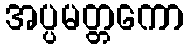
အပ္ပမတ္တကော